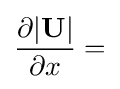
{\frac {\partial |\mathbf {U} |}{\partial x}}=